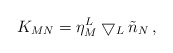
\begin{align*}K_{MN} = \eta^L _M \bigtriangledown _L \tilde n_N \, ,\end{align*}